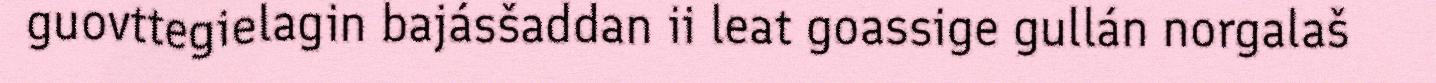
guovttegielagin bajásšaddan ii leat goassige gullán norgalaš